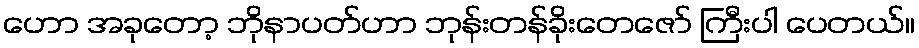
ဟော အခုတော့ ဘိုနာပတ်ဟာ ဘုန်းတန်ခိုးတေဇော် ကြီးပါ ပေတယ်။